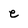
Character: e